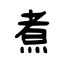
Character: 煮